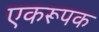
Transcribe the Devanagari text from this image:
एकरूपक